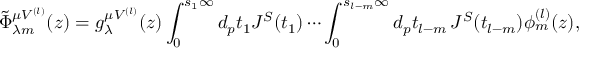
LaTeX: \tilde { \Phi } _ { \lambda m } ^ { \mu V ^ { ( l ) } } ( z ) = g _ { \lambda } ^ { \mu V ^ { ( l ) } } ( z ) \int _ { 0 } ^ { s _ { 1 } \infty } d _ { p } t _ { 1 } J ^ { S } ( t _ { 1 } ) \cdots \int _ { 0 } ^ { s _ { l - m } \infty } d _ { p } t _ { l - m } \, J ^ { S } ( t _ { l - m } ) \phi _ { m } ^ { ( l ) } ( z ) ,